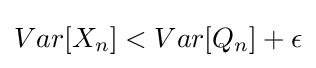
Var[X_{n}]<Var[Q_{n}]+\epsilon